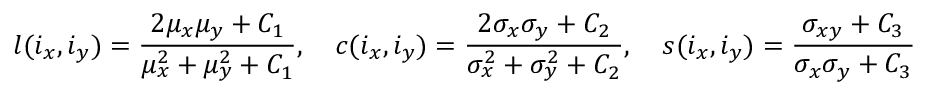
l ( i _ { x } , i _ { y } ) = \frac { 2 \mu _ { x } \mu _ { y } + C _ { 1 } } { \mu _ { x } ^ { 2 } + \mu _ { y } ^ { 2 } + C _ { 1 } } , \quad c ( i _ { x } , i _ { y } ) = \frac { 2 \sigma _ { x } \sigma _ { y } + C _ { 2 } } { \sigma _ { x } ^ { 2 } + \sigma _ { y } ^ { 2 } + C _ { 2 } } , \quad s ( i _ { x } , i _ { y } ) = \frac { \sigma _ { x y } + C _ { 3 } } { \sigma _ { x } \sigma _ { y } + C _ { 3 } }